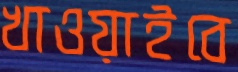
খাওয়াইবে